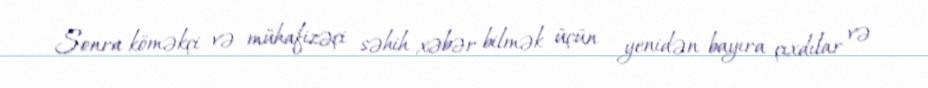
Sonra köməkçi və mühafizəçi səhih xəbər bilmək üçün yenidən bayıra çıxdılar və